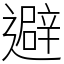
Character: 避